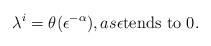
LaTeX: \begin{align*}\lambda^{i}=\theta(\epsilon^{-\alpha}), as \epsilon \textrm{tends to } 0.\end{align*}